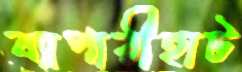
ব্যাপারীহাট